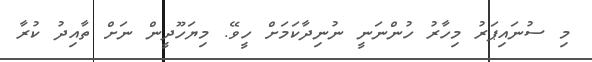
މި ސުނައިޕަރު މިހާރު ހުންނަނީ ނުނިދާކަމަށް ހީވޭ. މިޔަހޫދީން ނަށް ތާއިދު ކުރާ